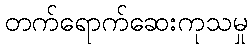
တက်ရောက်ဆေးကုသမှု